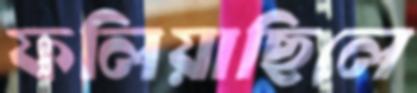
ফলিয়াছিলে